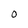
Character: O